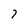
Character: 7